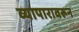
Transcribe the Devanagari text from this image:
व्यापारावरून